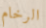
الرخام